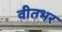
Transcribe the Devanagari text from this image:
वीतभर